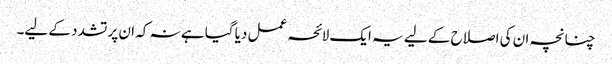
چنانچہ ان کی اصلاح کے لیے یہ ایک لائحہ عمل دیا گیا ہے نہ کہ ان پر تشدد کے لیے۔